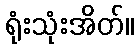
ရုံးသုံးအိတ်။